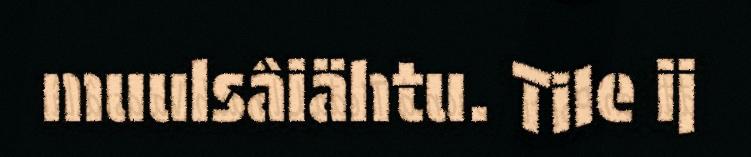
muulsâiähtu. Tile ij